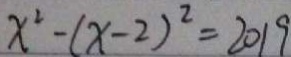
x ^ { 2 } - ( x - 2 ) ^ { 2 } = 2 0 1 9